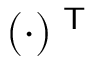
( \cdot ) ^ { \textsf { T } }